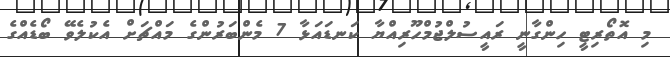
މި އޮތޯރިޓީ ހިންގާނީ ރައީސުލްޖުމްހޫރިއްޔާ ކަނޑައަޅާ 7 މެންބަރުންގެ މައްޗަށް އެކުލެވޭ ބޯޑެއްގެ